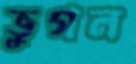
ভুগল